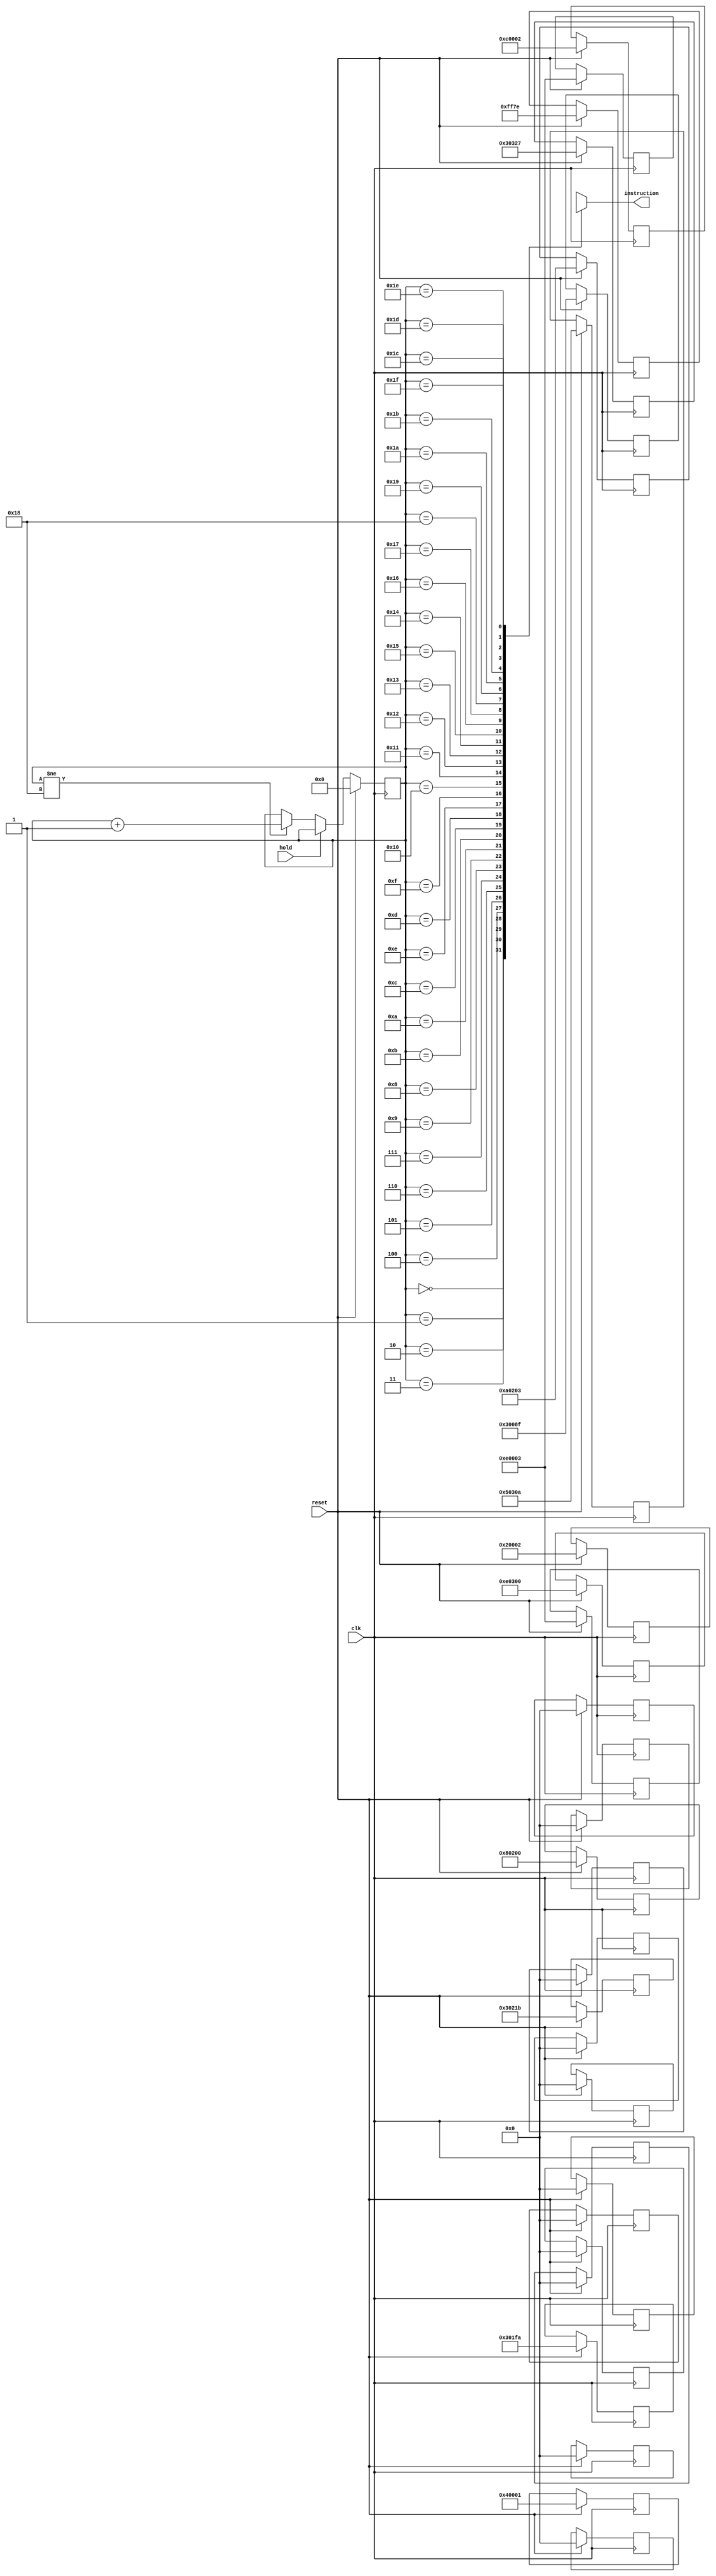
`ifndef PC_INSTRUCTION
`define PC_INSTRUCTION
module pc_instruction(
		input clk,
		input hold,
		input reset,
		output [19:0] instruction
	);

reg [4:0]  pc;
reg [19:0] data [31:0];

assign instruction = data [ pc ];

always @( posedge clk )begin
	if ( reset )begin
		pc <= 0;
		data[0]  <= 20'b00001111111101111110; // null
		data[1]  <= 20'b00110000000010001111; // addi R1, -113
		data[2]  <= 20'b00110000001000011011; // addi R3, 27
		data[3]  <= 20'b00100000000000000010; // add  R1, R3
		data[4]  <= 20'b00000000000000000000; // null
		data[5]  <= 20'b00110000000111111010; // addi R2, -6
		data[6]  <= 20'b00000000000000000000; // null
		data[7]  <= 20'b00110000001100100111; // addi R4, 39
		data[8]  <= 20'b01000000000000000001; // sub  R1, R2
		data[9]  <= 20'b11100000000000000011; // and  R1, R4
		data[10] <= 20'b00000000000000000000; // null
		data[11] <= 20'b11000000000000000010; // or   R1, R3
		data[12] <= 20'b10000000001000000000; // not  R3
		data[13] <= 20'b10100000001000000011; // xor  R3, R4
		data[14] <= 20'b01010000001100001010; // subi R4, 10
		data[15] <= 20'b00000000000000000000; // null
		data[16] <= 20'b00000000000000000000; // null
		data[17] <= 20'b11100000001100000000; // and R4, R1
		data[18] <= 20'b00000000000000000000; // null
		data[19] <= 20'b00000000000000000000; // null
		data[20] <= 20'b00000000000000000000; // null
		data[21] <= 20'b00000000000000000000; // null
		data[22] <= 20'b11100000000000000011; // and R1, R4
		data[23] <= 20'b00000000000000000000; // null
		data[24] <= 20'b00000000000000000000; // null
	end
	else if ( hold )begin
		pc <= pc;
	end
	else if ( pc != 5'd24 )begin
		pc <= pc + 1;
	end
	else begin
		pc <= pc;
	end
end

endmodule

`endif//PC_INSTRUCTION